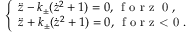
\left\{ \begin{array} { l l } { \ddot { z } - k _ { \pm } ( \dot { z } ^ { 2 } + 1 ) = 0 , \, \textrm { f o r z \geq 0 } , } \\ { \ddot { z } + k _ { \pm } ( \dot { z } ^ { 2 } + 1 ) = 0 , \, \textrm { f o r z < 0 } . } \end{array} \right.